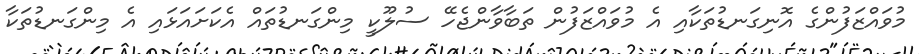
މުވައްޒަފުންގެ އޮނިގަނޑުތަކާއި އެ މުވައްޒަފުން ތަބާވާންޖެހޭ ސުލޫކީ މިންގަނޑުތައް އެކަށައަޅައި އެ މިންގަނޑުތަކާ